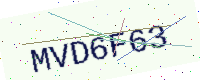
Text: MVD6F63